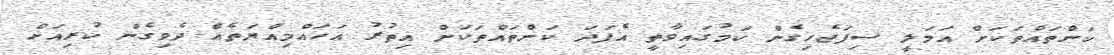
ކަންތައްތަކަށް އަމަލީ ސިފަޖެހިގެން ކަމުގައިވާތީ އެފަދަ ކަންތައްތަކަށް އިތުރު އަހައްމިއްޔަތެއް ދެވިގެން ކުރިއަށް